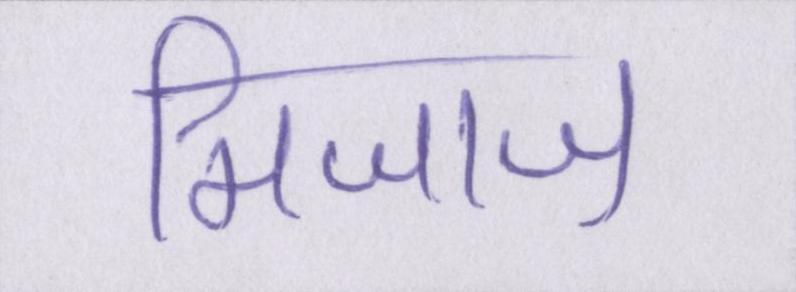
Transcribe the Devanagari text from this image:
मिजाज